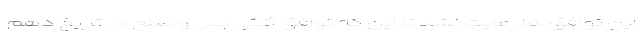
این توافق ها رعایت نشد تا این که توافق آتش بس و صلح در تاریخ دهم